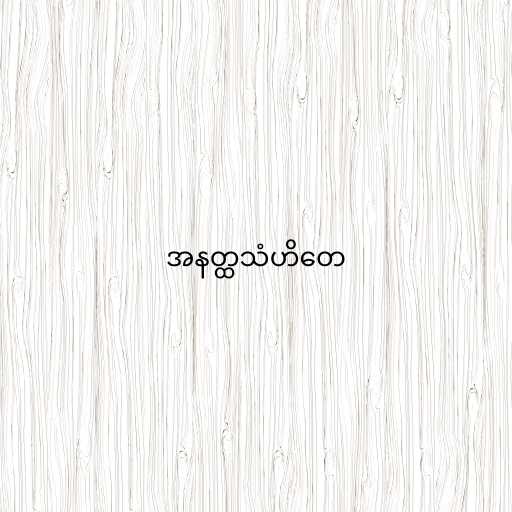
အနတ္ထသံဟိတေ